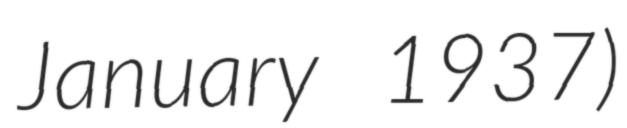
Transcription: January 1937)